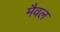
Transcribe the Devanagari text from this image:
मैवल